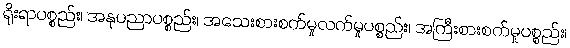
ရိုးရာပစ္စည်း၊ အနုပညာပစ္စည်း၊ အသေးစားစက်မှုလက်မှုပစ္စည်း၊ အကြီးစားစက်မှုပစ္စည်း၊